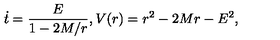
\dot { t } = \frac { E } { 1 - 2 M / r } , V ( r ) = r ^ { 2 } - 2 M r - E ^ { 2 } ,